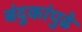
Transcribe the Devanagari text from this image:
बंदुकांपुढे